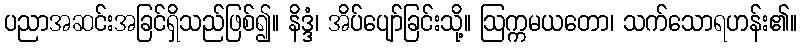
ပညာအဆင်းအခြင်ရှိသည်ဖြစ်၍။ နိဒ္ဒံ၊ အိပ်ပျော်ခြင်းသို့။ ဩက္ကမယတော၊ သက်သောရဟန်း၏။